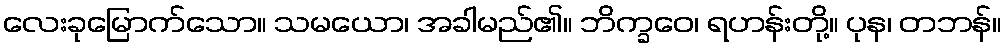
လေးခုမြောက်သော။ သမယော၊ အခါမည်၏။ ဘိက္ခဝေ၊ ရဟန်းတို့။ ပုန၊ တဘန်။